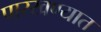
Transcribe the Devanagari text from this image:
पारखण्यात